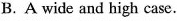
B.A wide and high case.